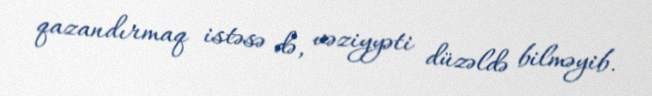
qazandırmaq istəsə də, vəziyyəti düzəldə bilməyib.